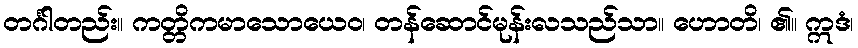
တင်္ဂါတည်း။ ကတ္တိကမာသောယေဝ၊ တန်ဆောင်မုန်းလသည်သာ။ ဟောတိ၊ ၏။ ဣဒံ၊